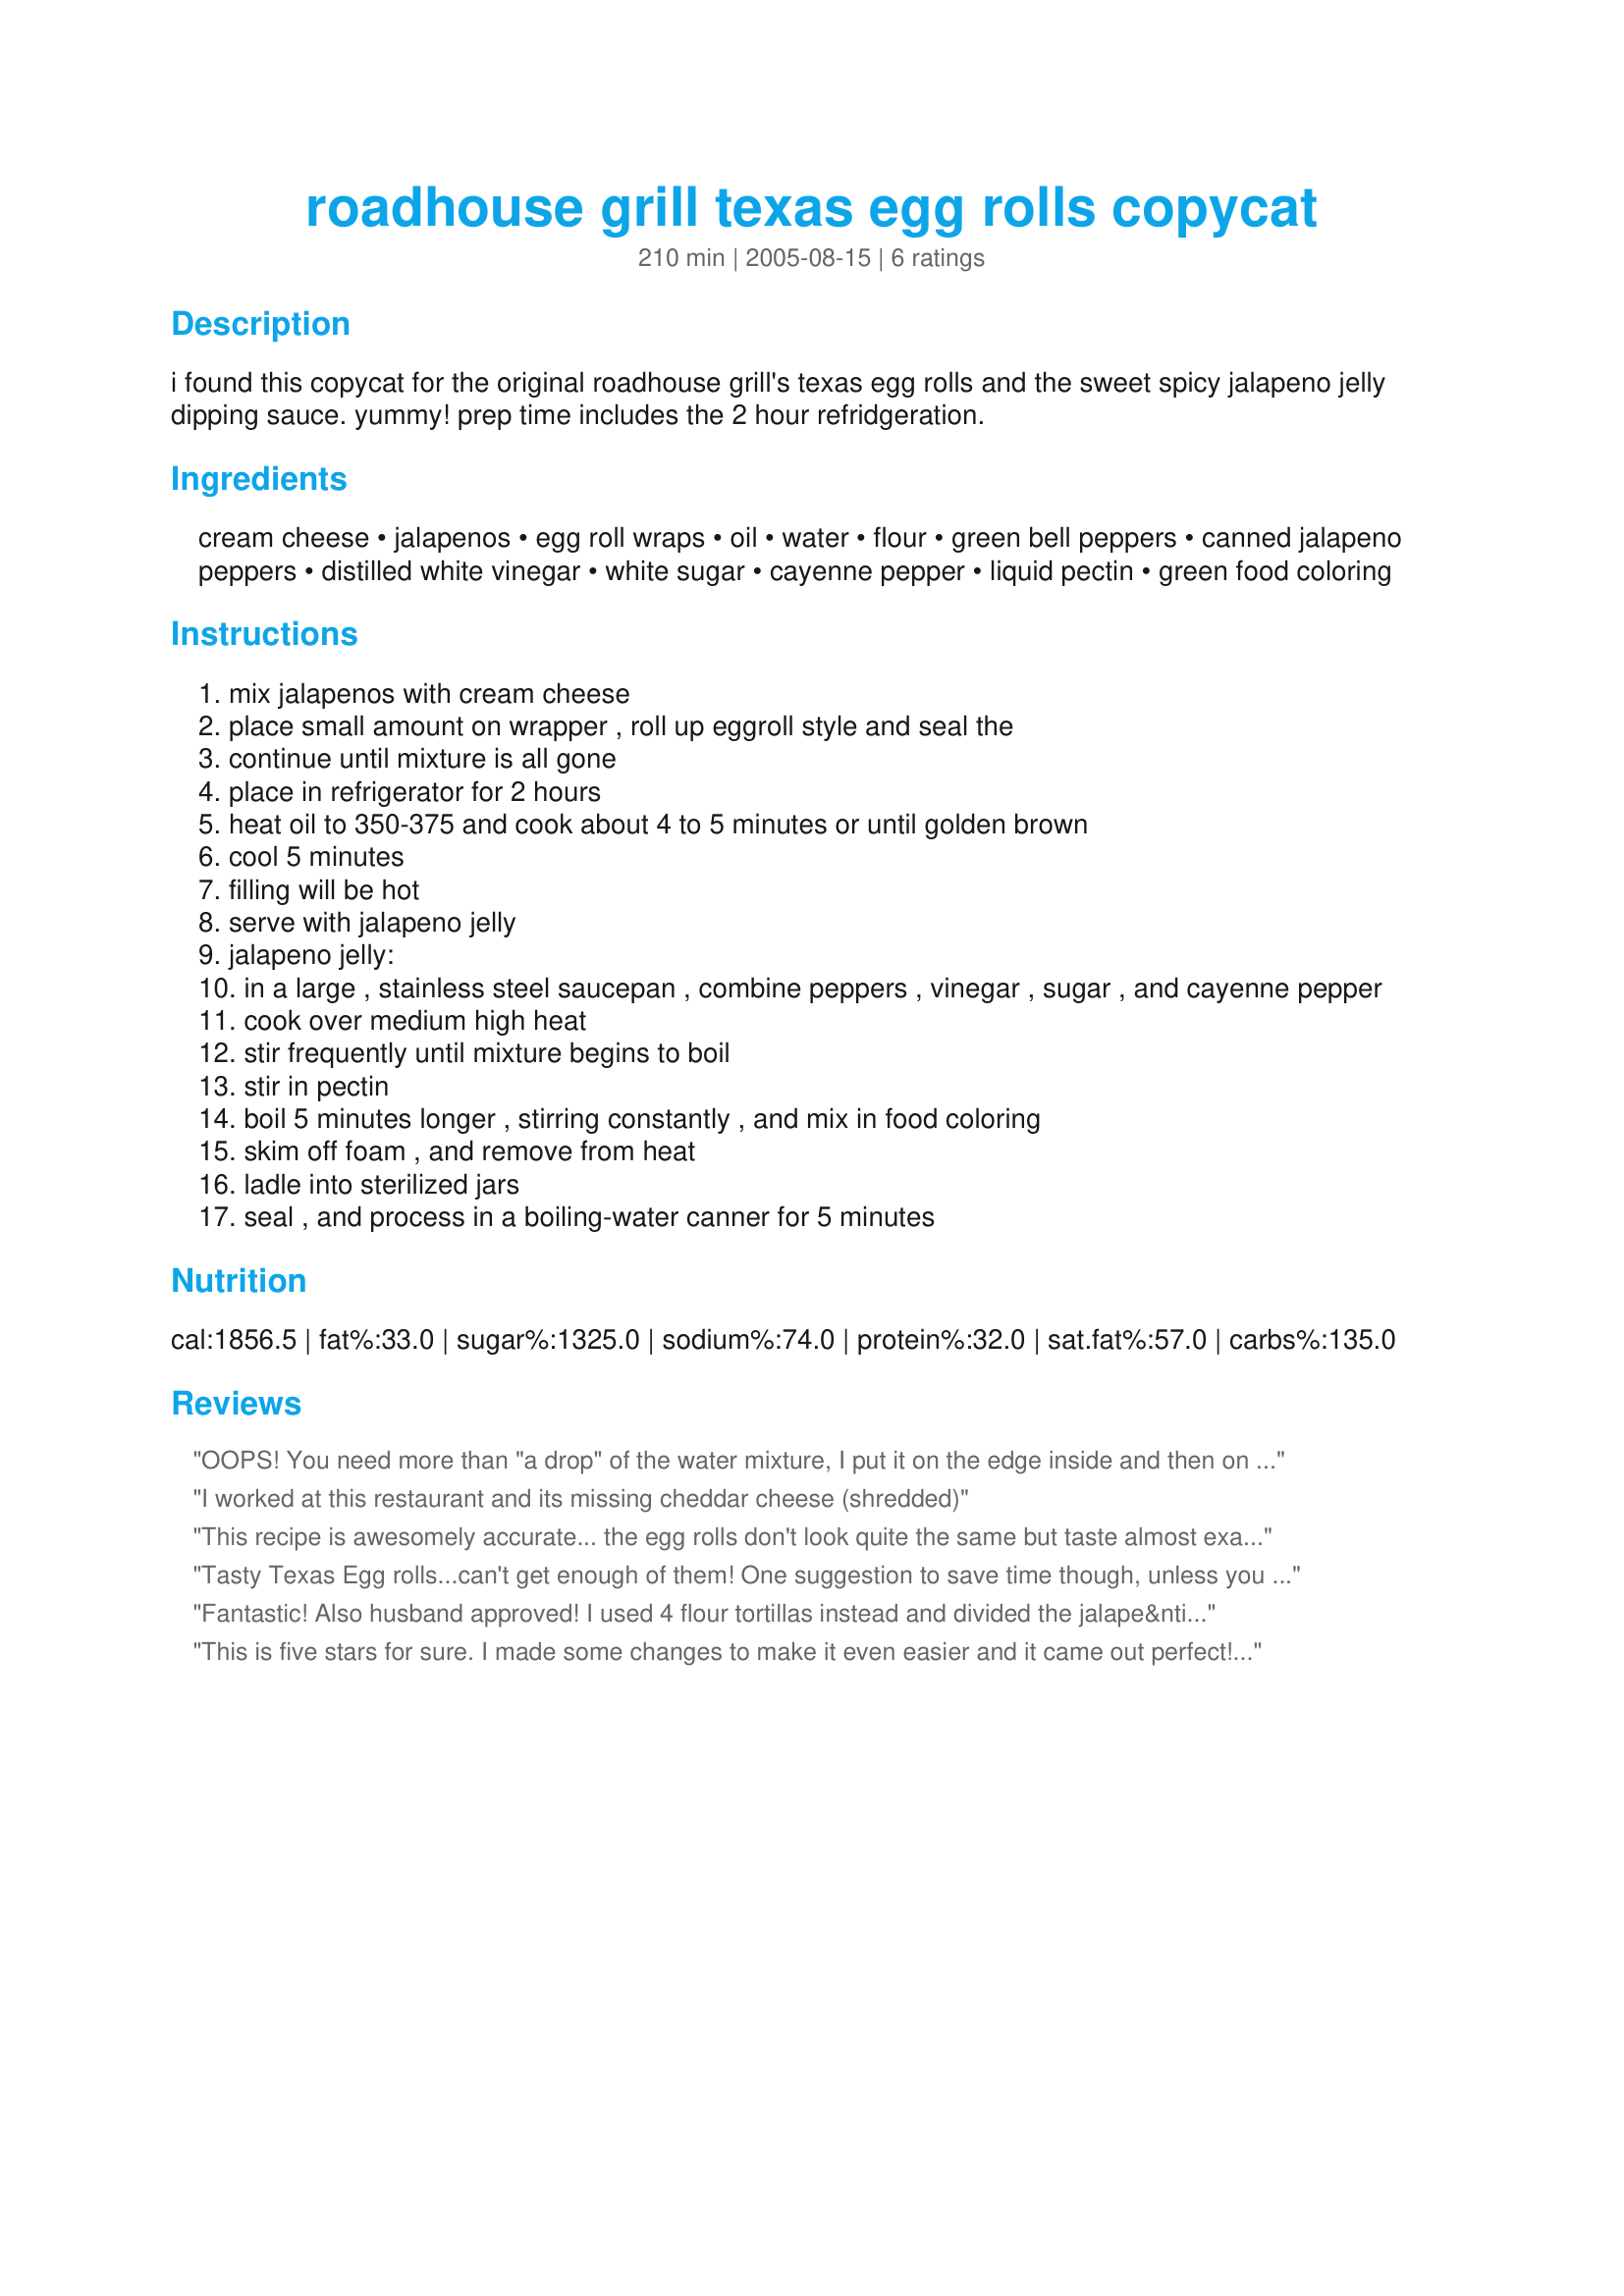
roadhouse grill texas egg rolls copycat
Preparation time: 210 minutes

i found this copycat for the original roadhouse grill's texas egg rolls and the sweet spicy jalapeno jelly dipping sauce. yummy! prep time includes the 2 hour refridgeration.

Ingredients:
cream cheese, jalapenos, egg roll wraps, oil, water, flour, green bell peppers, canned jalapeno peppers, distilled white vinegar, white sugar, cayenne pepper, liquid pectin, green food coloring

Steps:
mix jalapenos with cream cheese
place small amount on wrapper , roll up eggroll style and seal the
continue until mixture is all gone
place in refrigerator for 2 hours
heat oil to 350-375 and cook about 4 to 5 minutes or until golden brown
cool 5 minutes
filling will be hot
serve with jalapeno jelly
jalapeno jelly:
in a large , stainless steel saucepan , combine peppers , vinegar , sugar , and cayenne pepper
cook over medium high heat
stir frequently until mixture begins to boil
stir in pectin
boil 5 minutes longer , stirring constantly , and mix in food coloring
skim off foam , and remove from heat
ladle into sterilized jars
seal , and process in a boiling-water canner for 5 minutes

Reviews:
OOPS! You need more than 
"a drop" of the water mixture, I put it on the edge inside and then on the crease outside to make sure it stayed "glued" together. I didnt think of taking a picture (Duh, me) but will next time! Dont be intimidated to try this, it really was easy and was a hit with the whole Fam/ even my 19 month old semi-picky eater loved it!
I worked at this restaurant and its missing cheddar cheese (shredded)
This recipe is awesomely accurate... the egg rolls don't look quite the same but taste almost exactly like the road house ones.
Tasty Texas Egg rolls...can't get enough of them! <br/><br/>One suggestion to save time though, unless you want an entire batch of sweet spicy jalapeno jelly dipping sauce (much too much for just one batch), you can make a simpler sweet spicy sauce recipe by adding 1/4 cup corn syrup, 2 Tbsp vinegar, 1 tsp chili flakes (or 1/2 jalapeno minced, remove seeds if you want less heat). Microwave for 40 seconds, and stir. Add 1 Tbsp raspberry jam if making jalapeno popper sauce. Delish dish!
Fantastic! Also husband approved! I used 4 flour tortillas instead and divided the jalape&ntilde;o jelly recipe by 8 to get 4 servings, worked out pretty accurately. I did like a reviewers idea of adding some shredded cheddar, though.
This is five stars for sure. I made some changes to make it even easier and it came out perfect! First I used Low fat cream cheese (just to try and make it a little less fattening.) Then added Canned Dices Jalapeños much less mess and I always have some in the cupboard anyway. I Then was able to buy jalapeño jelly at the local supermarket. I live in Arizona so Jalapeño jelly is not hard to find. This took me less than 20min to prepare and have ready to serve. The crowd loved it and I had no leftovers!!! The best appetizer recipe EVER!
